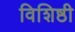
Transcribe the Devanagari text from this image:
विशिष्ठी